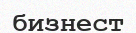
бизнест